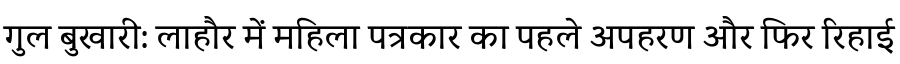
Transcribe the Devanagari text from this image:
गुल बुखारी: लाहौर में महिला पत्रकार का पहले अपहरण और फिर रिहाई